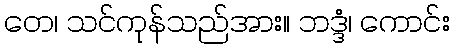
တေ၊ သင်ကုန်သည်အား။ ဘဒ္ဒံ၊ ကောင်း